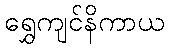
ရွှေကျင်နိကာယ